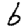
Digit: 6